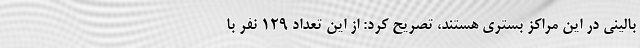
بالینی در این مراکز بستری هستند، تصریح کرد: از این تعداد ۱۲۹ نفر با